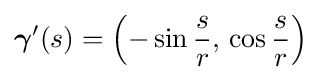
{\boldsymbol {\gamma }}'(s)=\left(-\sin {\frac {s}{r}},\,\cos {\frac {s}{r}}\right)